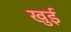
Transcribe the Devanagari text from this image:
खुई